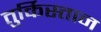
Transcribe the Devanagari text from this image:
तुर्किस्‍तान